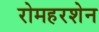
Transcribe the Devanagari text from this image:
रोमहरशेन